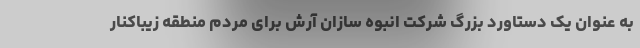
به عنوان یک دستاورد بزرگ شرکت انبوه سازان آرش برای مردم منطقه زیباکنار